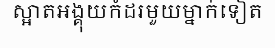
ស្អាតអង្គុយកំដរមួយម្នាក់ទៀត